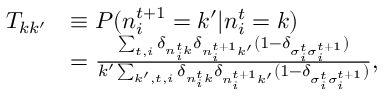
\begin{array} { r l } { T _ { k k ^ { \prime } } } & { \equiv P ( n _ { i } ^ { t + 1 } = k ^ { \prime } | n _ { i } ^ { t } = k ) } \\ & { = \frac { \sum _ { t , i } \delta _ { n _ { i } ^ { t } k } \delta _ { n _ { i } ^ { t + 1 } k ^ { \prime } } ( 1 - \delta _ { \sigma _ { i } ^ { t } \sigma _ { i } ^ { t + 1 } } ) } { k ^ { \prime } \sum _ { k ^ { \prime } , t , i } \delta _ { n _ { i } ^ { t } k } \delta _ { n _ { i } ^ { t + 1 } k ^ { \prime } } ( 1 - \delta _ { \sigma _ { i } ^ { t } \sigma _ { i } ^ { t + 1 } } ) } , } \end{array}